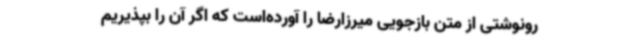
رونوشتی از متن بازجویی میرزارضا را آورده‌است که اگر آن را بپذیریم